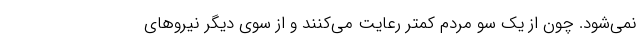
نمی‌شود. چون از یک سو مردم کمتر رعایت می‌کنند و از سوی دیگر نیروهای